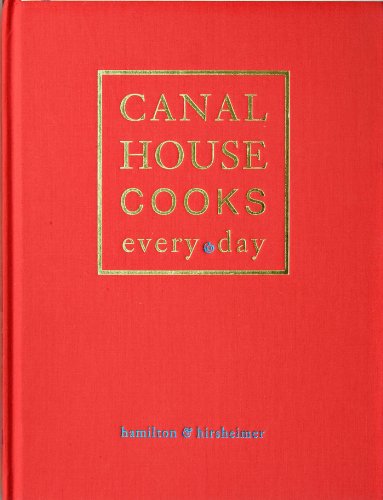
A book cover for Canal House Cooks Every Day; Hamilton & Hirsheimer; Cookbooks, Food & Wine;